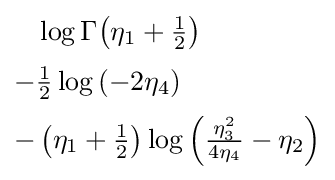
{\begin{aligned}&\log \Gamma {\left(\eta _{1}+{\tfrac {1}{2}}\right)}\\[2pt]-{}&{\tfrac {1}{2}}\log \left(-2\eta _{4}\right)\\[2pt]-{}&\left(\eta _{1}+{\tfrac {1}{2}}\right)\log \left({\tfrac {\eta _{3}^{2}}{4\eta _{4}}}-\eta _{2}\right)\end{aligned}}